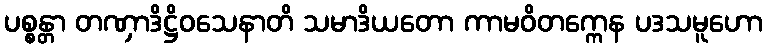
ပစ္စန္တာ တဏှာဒိဋ္ဌိဝသေနာတိ သမာဒိယတော ကာမဝိတက္ကေန ပဒသမူဟော